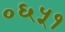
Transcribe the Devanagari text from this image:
०६५१